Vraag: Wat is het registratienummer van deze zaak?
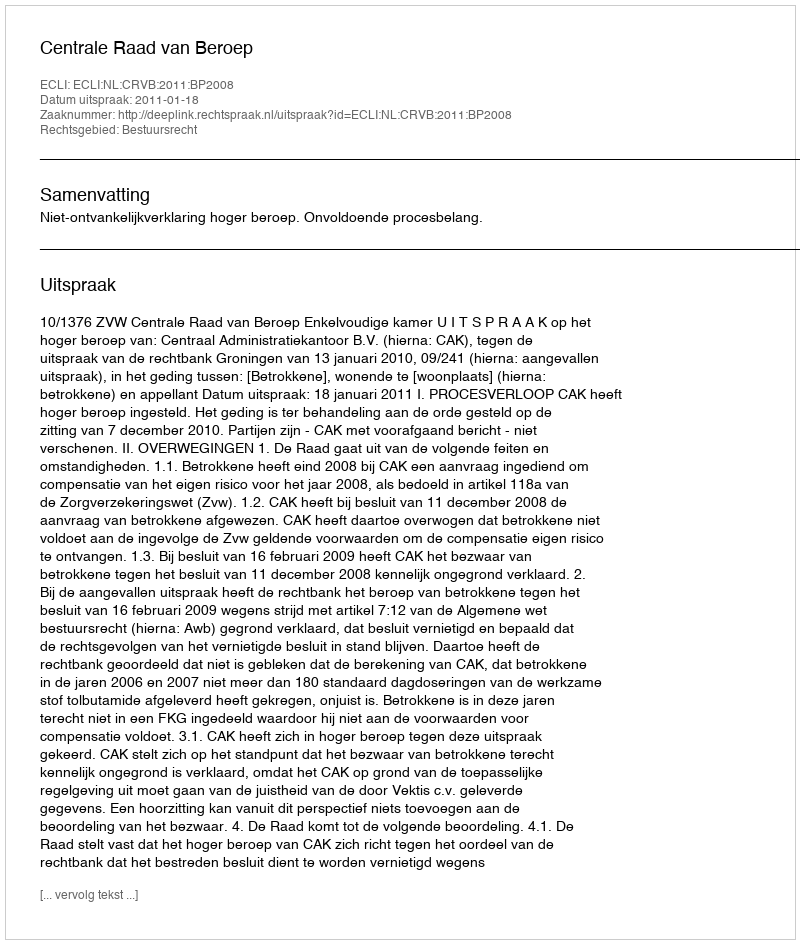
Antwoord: http://deeplink.rechtspraak.nl/uitspraak?id=ECLI:NL:CRVB:2011:BP2008